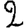
Digit: 2